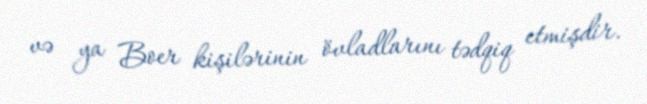
və ya Boer kişilərinin övladlarını tədqiq etmişdir.